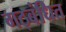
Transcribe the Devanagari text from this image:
गठ्बंधित